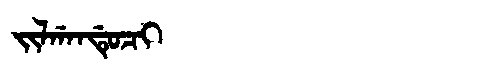
Manchu: ᠵᡳᠯᡤᠠᠨᡩᡠᠴᡳ
Romanization: JILGANDUCI